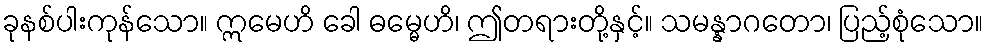
ခုနစ်ပါးကုန်သော။ ဣမေဟိ ခေါ ဓမ္မေဟိ၊ ဤတရားတို့နှင့်။ သမန္နာဂတော၊ ပြည့်စုံသော။